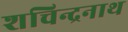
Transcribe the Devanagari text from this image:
शचिन्द्रनाथ